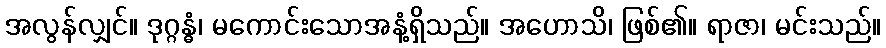
အလွန်လျှင်။ ဒုဂ္ဂန္ဓံ၊ မကောင်းသောအနံ့ရှိသည်။ အဟောသိ၊ ဖြစ်၏။ ရာဇာ၊ မင်းသည်။